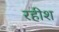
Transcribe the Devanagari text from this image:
रहीश